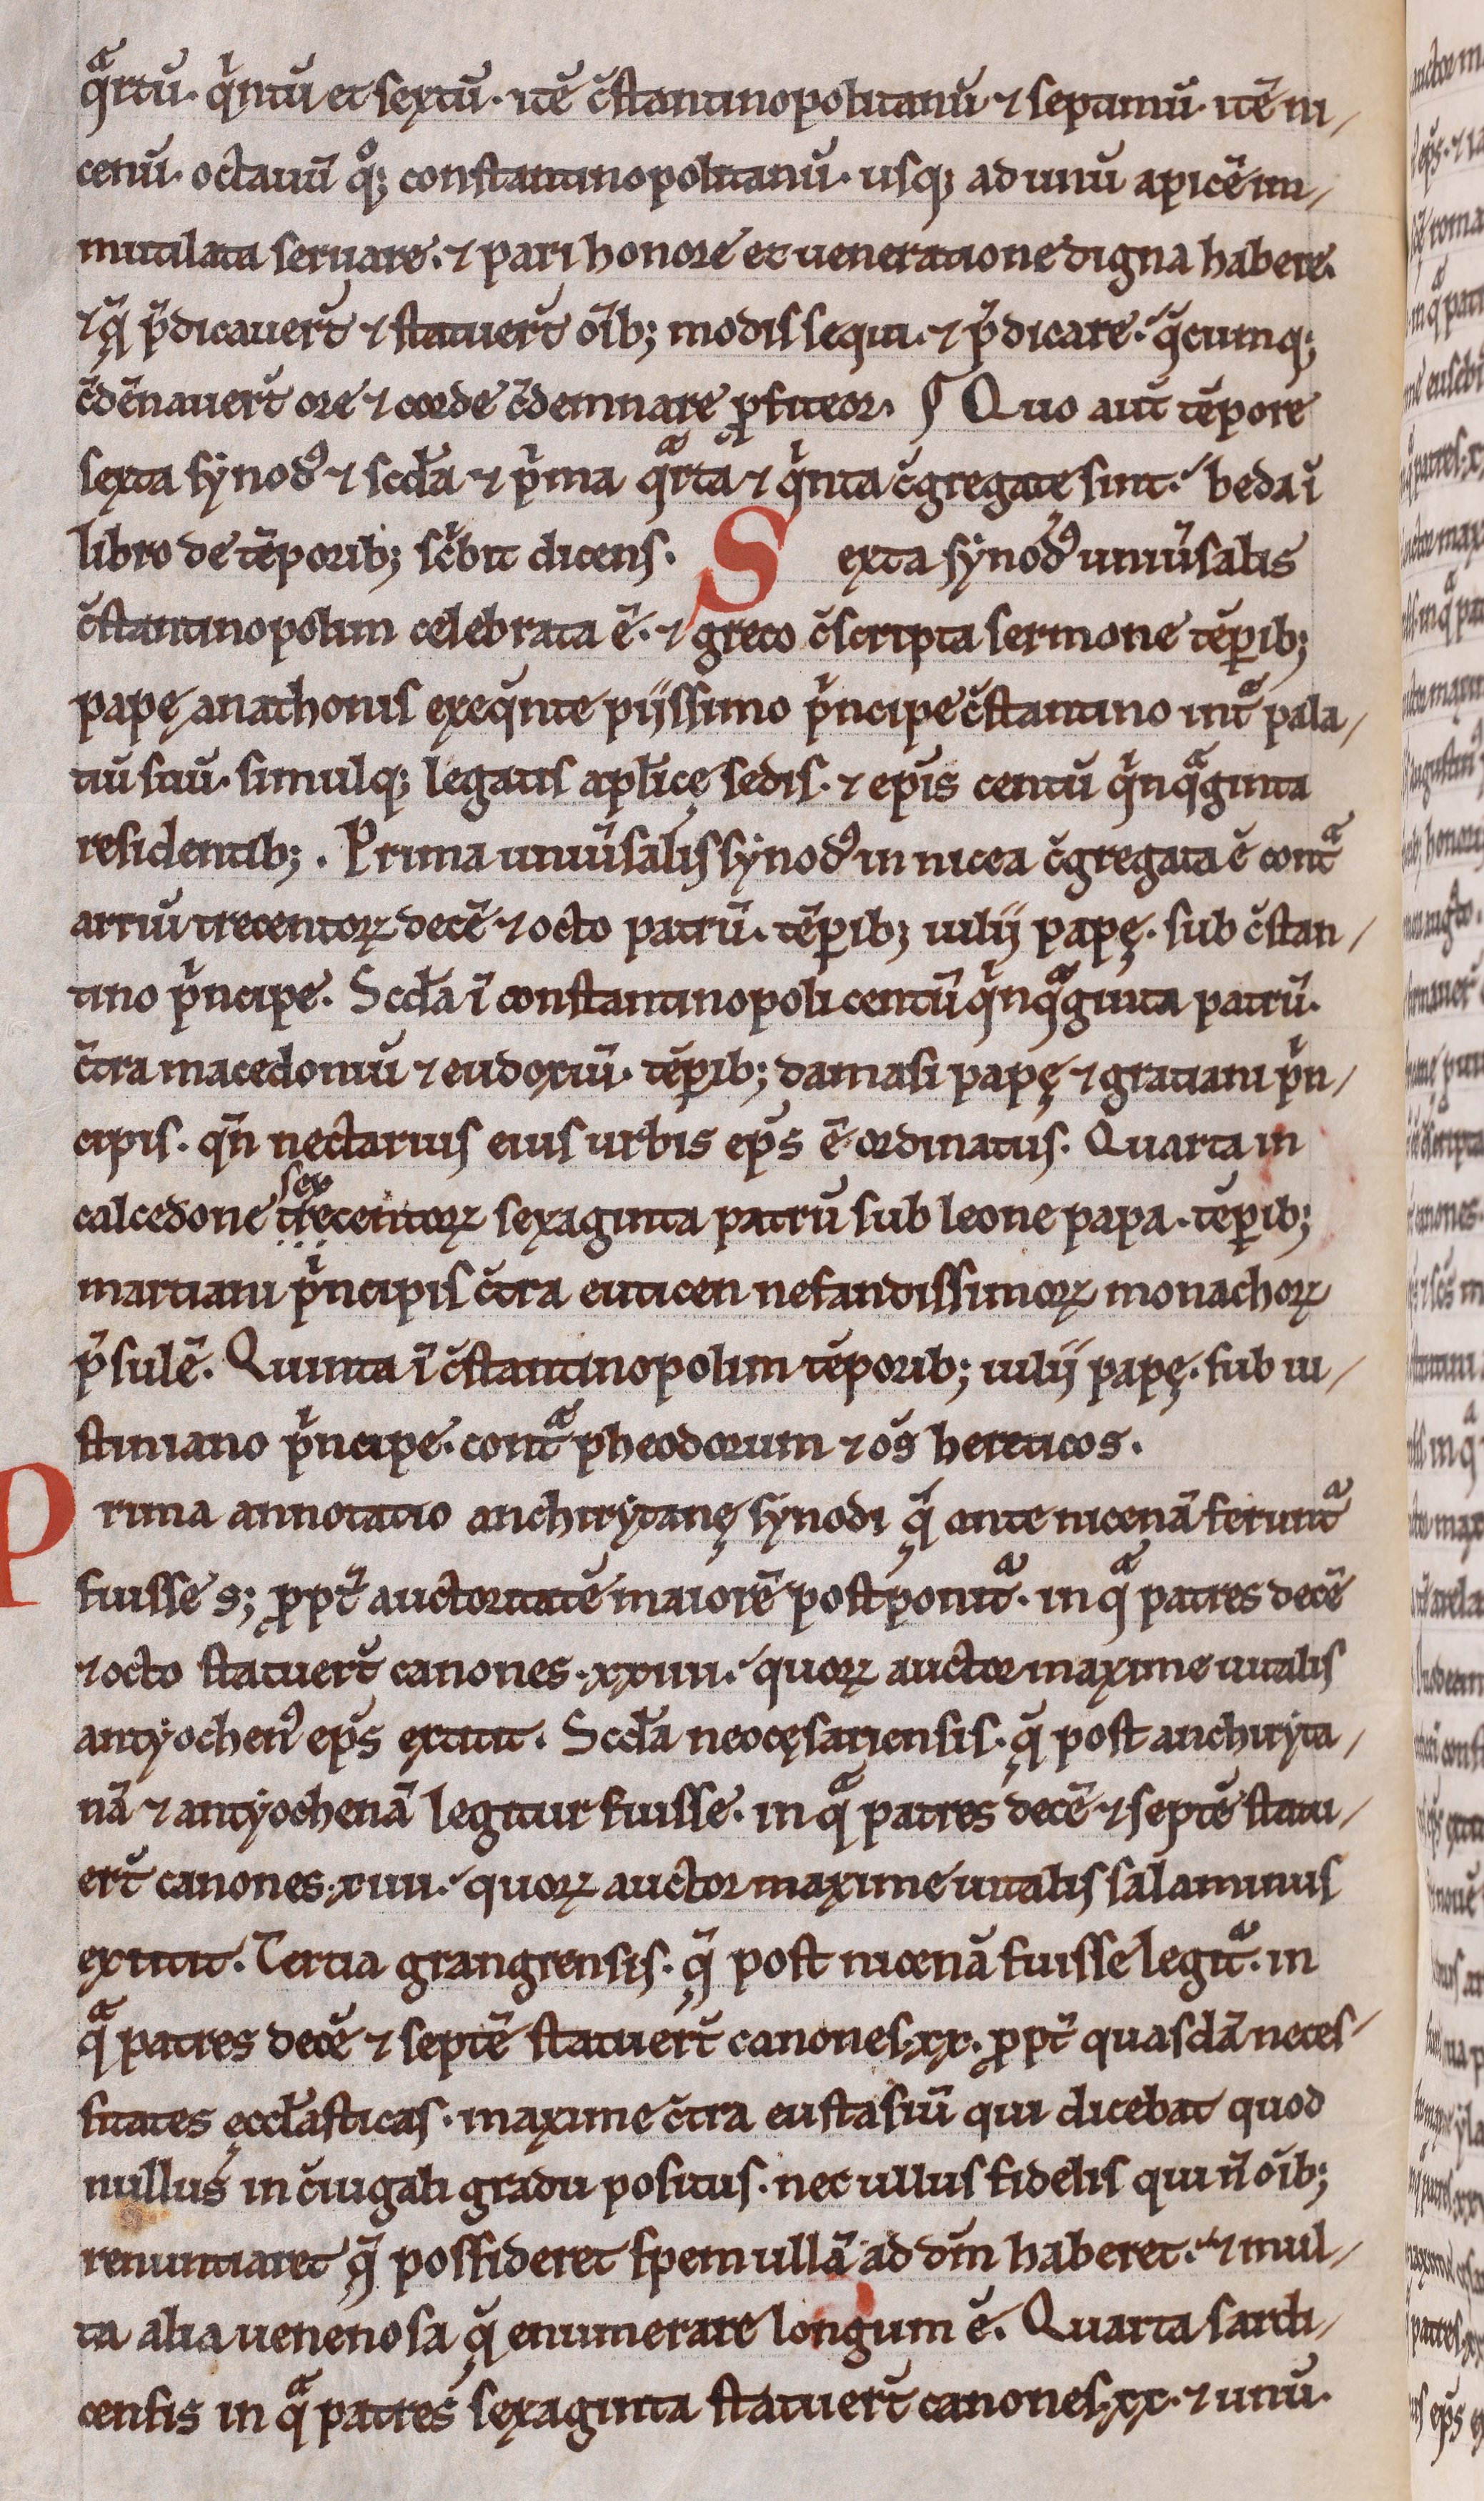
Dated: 1200–1230